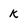
Character: K